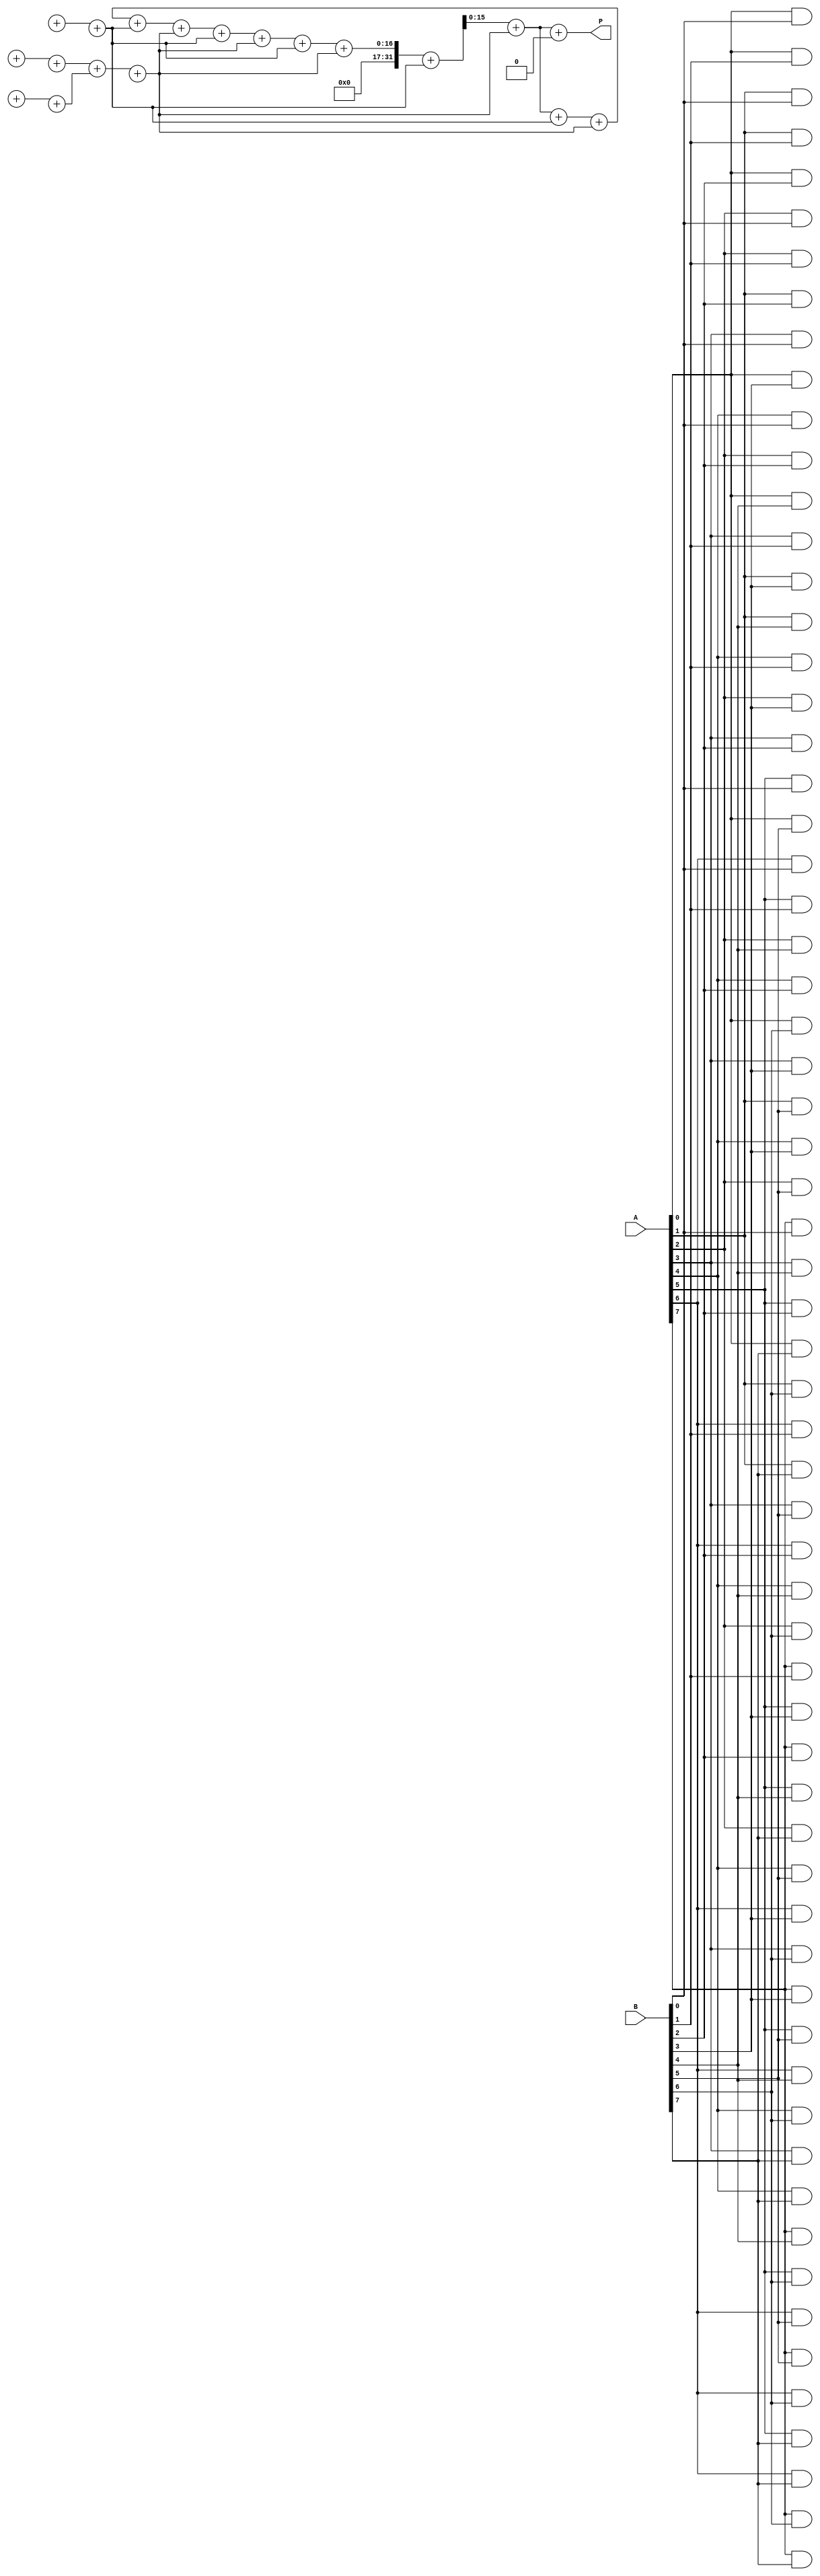
module wallace_tree_multiplier #(parameter A_WIDTH = 8, parameter B_WIDTH = 8)(
    input wire [A_WIDTH-1:0] A,
    input wire [B_WIDTH-1:0] B,
    output reg [A_WIDTH + B_WIDTH - 1:0] P
);

    // Generate partial products
    reg [A_WIDTH + B_WIDTH - 1:0] partial_products [0:A_WIDTH-1];
    integer i, j;

    // Generate the partial products
    always @(*) begin
        for (i = 0; i < A_WIDTH; i = i + 1) begin
            for (j = 0; j < B_WIDTH; j = j + 1) begin
                partial_products[i][i + j] = A[i] & B[j];
            end
        end
    end

    // Wallace tree reduction
    reg [A_WIDTH + B_WIDTH - 1:0] sum [0:A_WIDTH + B_WIDTH - 1];
    reg [A_WIDTH + B_WIDTH - 1:0] carry [0:A_WIDTH + B_WIDTH - 1];
    integer stage, k;

    // Initialize the first stage
    always @(*) begin
        for (k = 0; k < A_WIDTH; k = k + 1) begin
            sum[k] = partial_products[k];
            carry[k] = 0;
        end
    end

    // Perform Wallace tree reduction
    always @(*) begin
        for (stage = 0; stage < (A_WIDTH + B_WIDTH) / 3; stage = stage + 1) begin
            for (k = 0; k < (A_WIDTH + B_WIDTH) / 3; k = k + 1) begin
                // Grouping three partial products
                {carry[k], sum[k]} = sum[3*k] + sum[3*k + 1] + sum[3*k + 2];
            end
        end
    end

    // Final addition of the last two rows of reduced partial products
    reg [A_WIDTH + B_WIDTH - 1:0] final_sum;
    reg [A_WIDTH + B_WIDTH - 1:0] final_carry;

    always @(*) begin
        final_sum = sum[0] + sum[1];
        final_carry = carry[0] + carry[1];
        P = final_sum + final_carry;
    end

endmodule